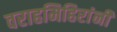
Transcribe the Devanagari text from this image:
वराहमिहिरांनी